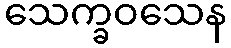
သေက္ခဝသေန